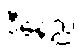
ဒီနေ့ည